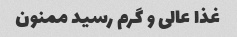
غذا عالی و گرم رسید ممنون